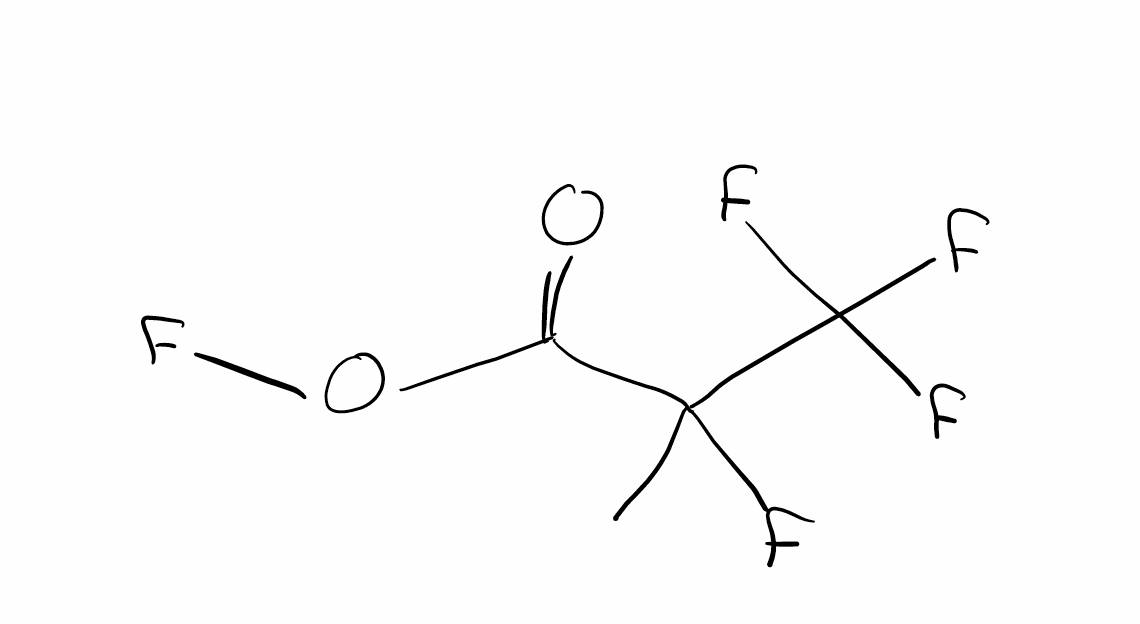
Simplified molecular-input line-entry system (SMILES) notation of the given molecule:
CC(C(=O)OF)(C(F)(F)F)F